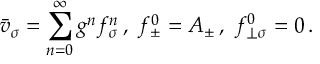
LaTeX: \bar { v } _ { \sigma } = \sum _ { n = 0 } ^ { \infty } g ^ { n } f _ { \sigma } ^ { n } \, , \, \, f _ { \pm } ^ { 0 } = A _ { \pm } \, , \, \, f _ { \perp \sigma } ^ { 0 } = 0 \, .